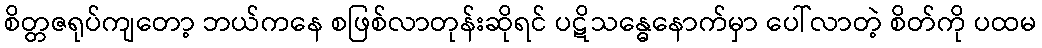
စိတ္တဇရုပ်ကျတော့ ဘယ်ကနေ စဖြစ်လာတုန်းဆိုရင် ပဋိသန္ဓေနောက်မှာ ပေါ်လာတဲ့ စိတ်ကို ပထမ